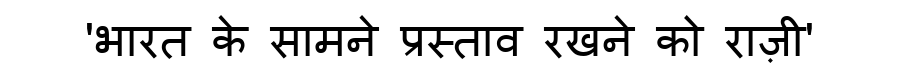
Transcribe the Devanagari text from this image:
'भारत के सामने प्रस्ताव रखने को राज़ी'